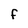
Character: f